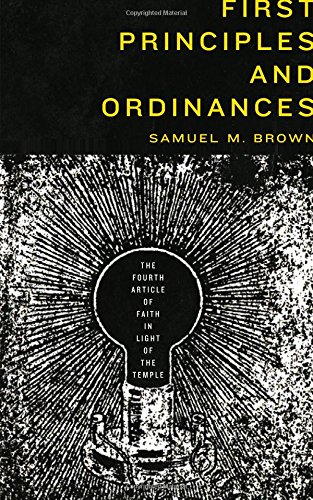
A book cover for First Principles and Ordinances: The Fourth Article of Faith in Light of the Temple; Samuel Morris Brown; Christian Books & Bibles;